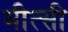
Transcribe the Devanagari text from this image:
मीत्सी